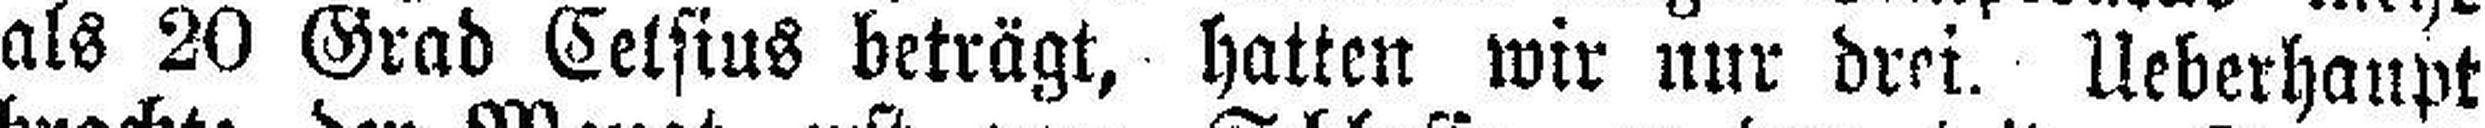
als 20 Grad Celsius beträgt, hatten wir nur drei. Ueberhaupt